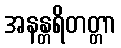
အနန္တရိတတ္တာ